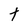
Character: t